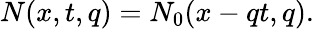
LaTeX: \begin{array}{r}{N(x,t,q)=N_{0}(x-qt,q).}\end{array}